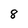
Character: 8